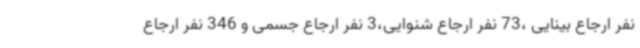
نفر ارجاع بینایی ،73 نفر ارجاع شنوایی،3 نفر ارجاع جسمی و 346 نفر ارجاع